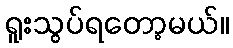
ရူးသွပ်ရတော့မယ်။